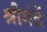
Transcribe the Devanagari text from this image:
श्रीमंतें